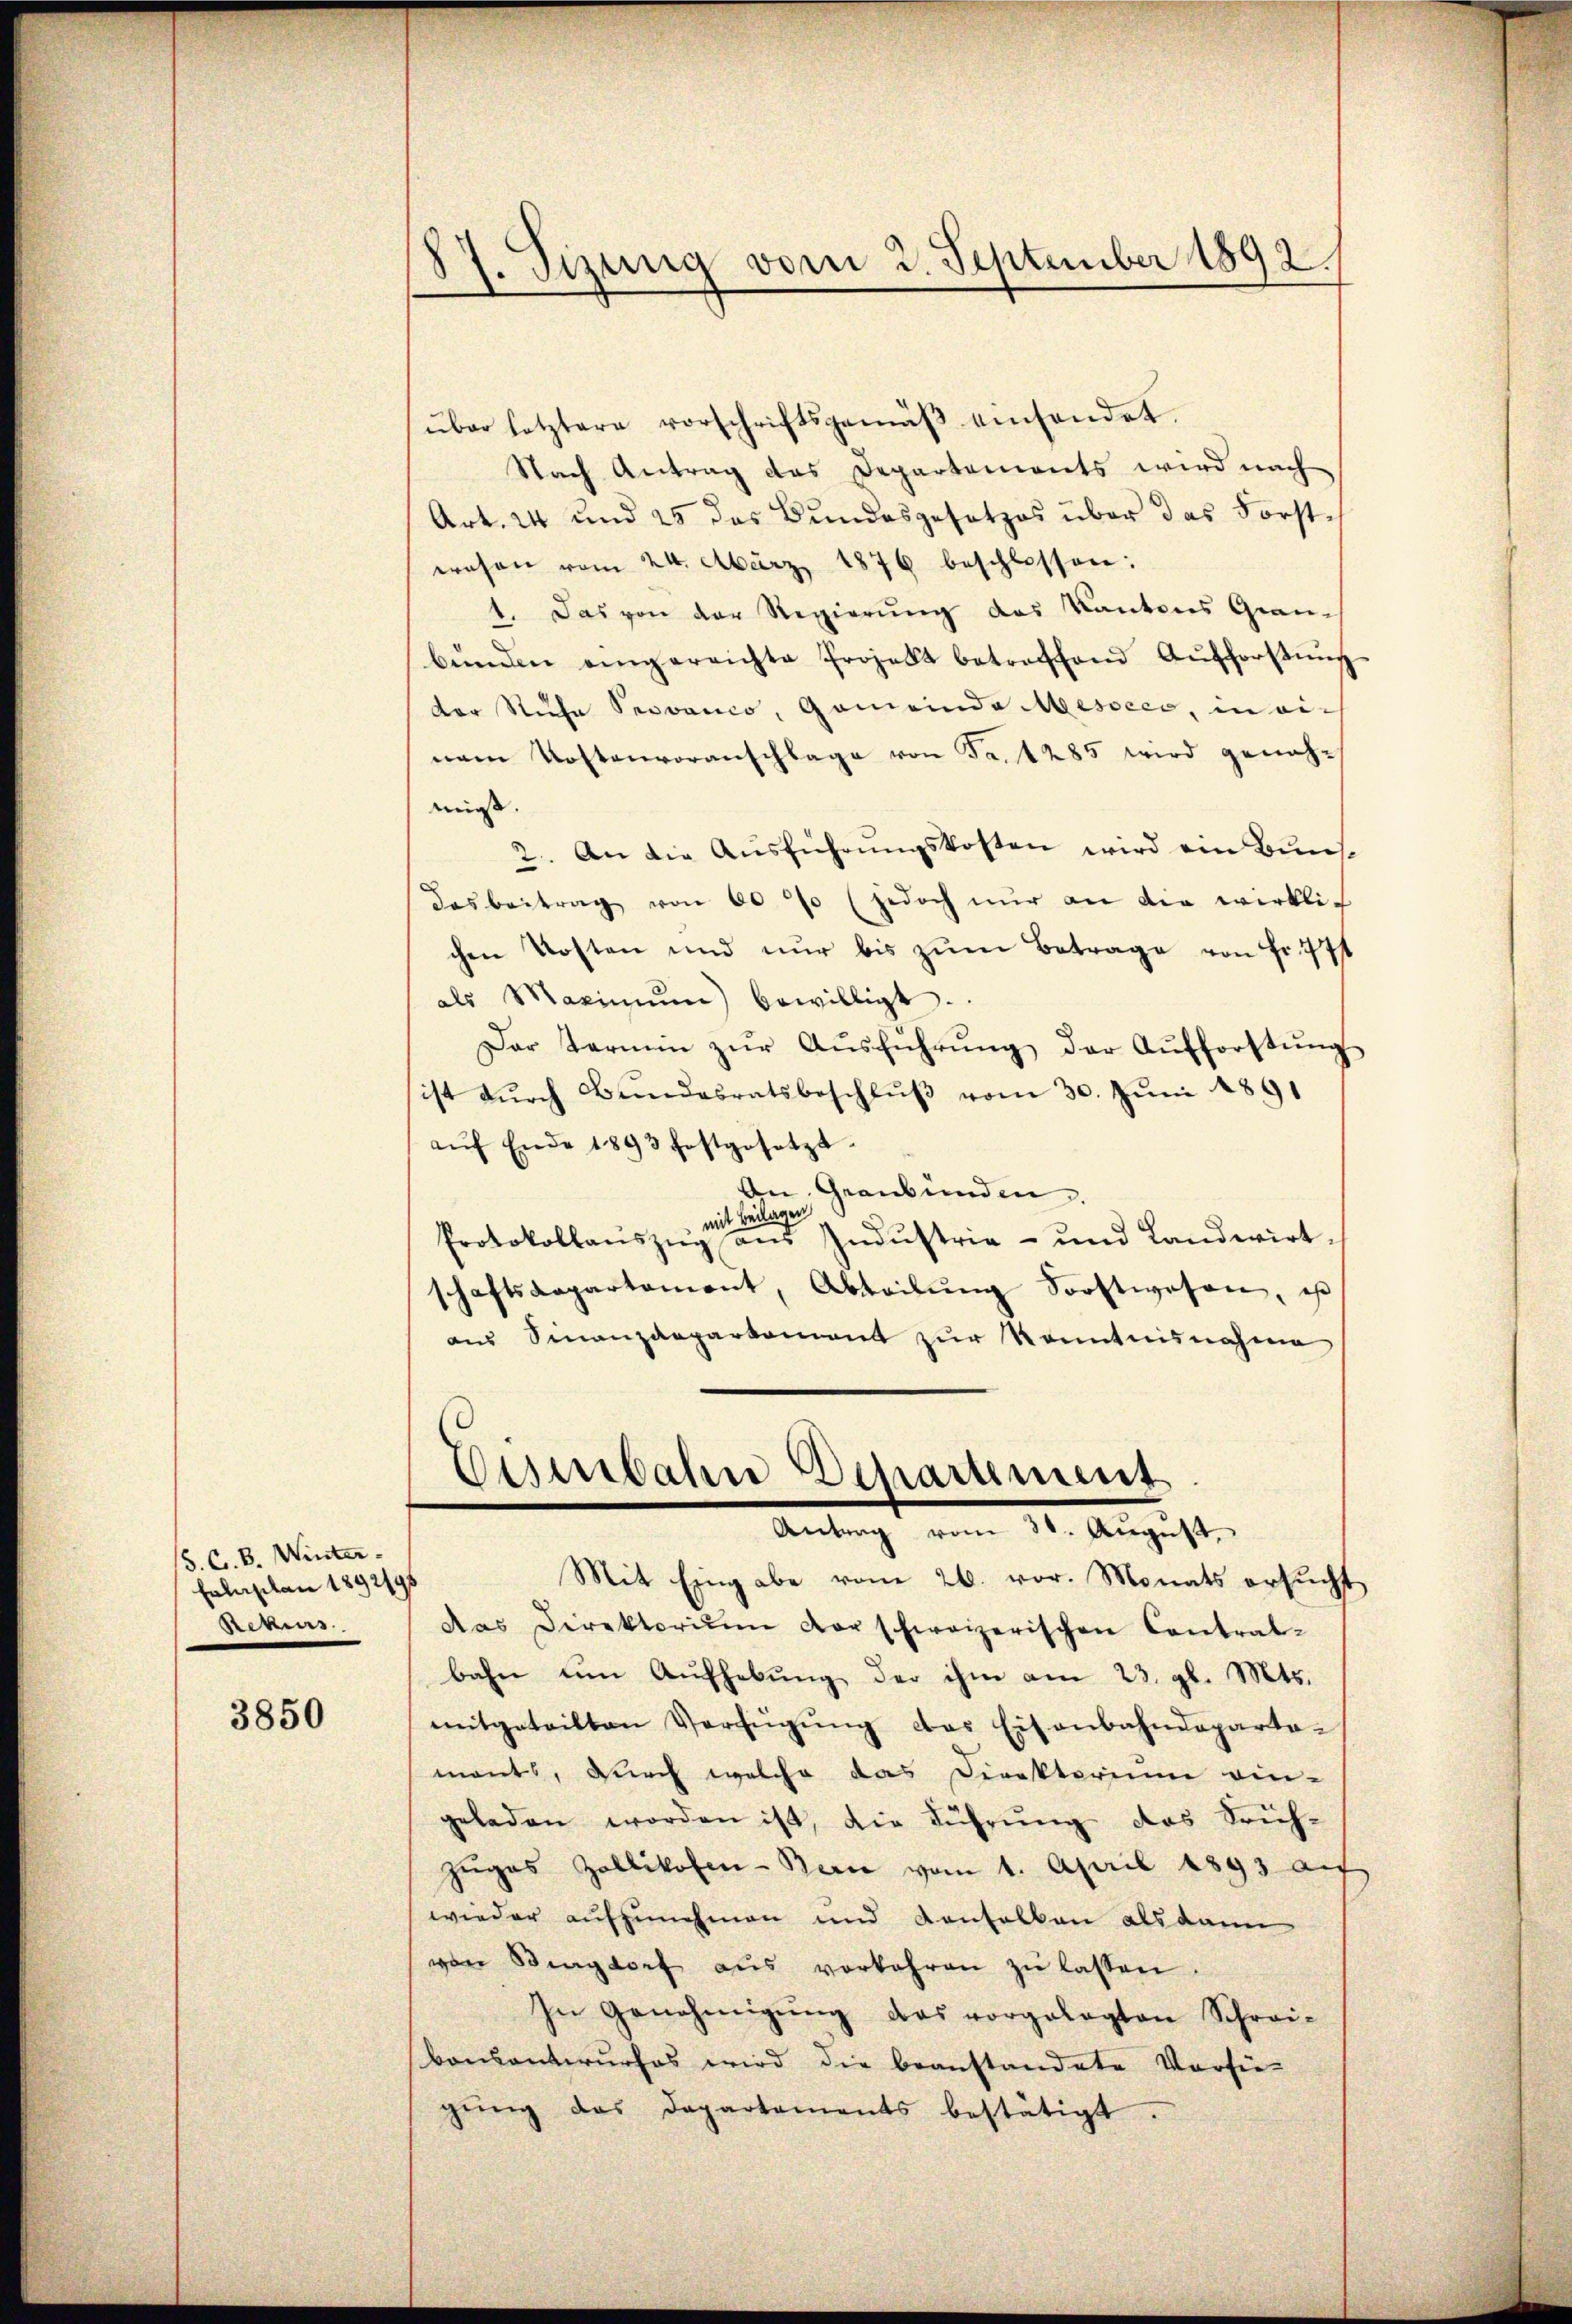
/5. C. B. Winter
Fahrplan 1892/95
Rekurs

3850

87. Sizung vom 2. September 1892/

über letztere vorschriftsgemäβ einsendet.
Nach Antrag das Departements wird nach
Art. 24 und 25 das Bundesgesetzes über das Forstwesen vom 24. März 1876 beschlossen:
1. Das von der Regierung des Kantons Grau-
bŭnden eingereichte Projekt betreffend Aufforstŭng
der Stufe Provenco, Gemeinde Mesocco, in einem Kostenvoranschlage von Fr. 1285 wird genohmis.
2. An die Ausführungskosten wird ein Buns¬
Dasbeitrag von 60 % (jedoch nŭr an die wirkli-
chen Kosten und nŭr bis zŭm Betrage von Fr. 771
als Maximŭm bewilligt.
Der Termin zŭr Aŭsführŭng der Aŭfforstŭng
ist dŭrch Bŭndesratsbeschlŭβ vom 30. Jŭni 1891
aŭf Ende 1893 festgesetzt.
An Graubünden
mit Beilagen
Protokollaŭszŭg aŭs Indŭstrie- und Landwirtschaftsdepartement, Abteilŭng Sorstwesen, ist
aŭs Sinanzaaparkoment zŭr Kenntnisnahme
Eisenbahn Departement
Antrag vom 30. Aŭgŭst
Mit Eingabe vom 26. vor. Monats ersucht
das Direktorium vor schweizerischen Contral-
bahn um Aufhebung der ihm am 23. gl. Mts.
mitgeteilten Verfügŭng das Eisenbahndeparta-
monts, durch welche das Direktorium ein-
geladen worden ist, die Führŭng das Srüh-
Zŭgas Zollikofen-Bern vom 1. April 1893 auf
wieder aufzunehmen und Konselben als dann
von Singdorf aŭs vorkehren zŭ lassen
In Genehmigŭng das vorgelegten Schrei-
konsentwurfes wird die beanstandete Verfü-
gŭng das Departements bestätigt.